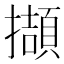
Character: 擷